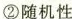
②\rightarrow随机性